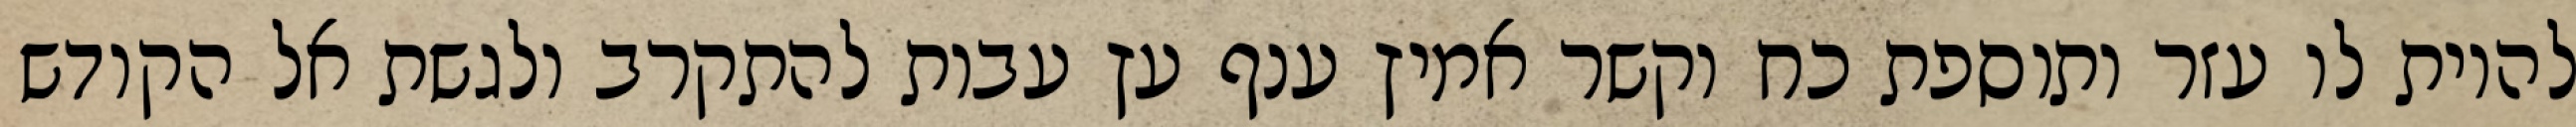
להיות לו עזר ותוספת כח וקשר אמיץ ענף עץ עבות להתקרב ולגשת אל הקודש